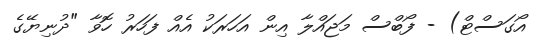
އޯގަސްޓް) - ފޯބްސް މަޖައްލާ އިން އަހަރަކު އެއް ފަހަރު ހޮވާ "ދުނިޔޭގެ